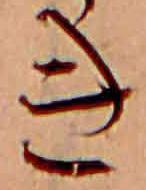
き